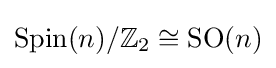
\operatorname {Spin} (n)/\mathbb {Z} _{2}\cong \operatorname {SO} (n)